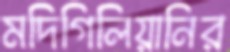
মদিগিলিয়ানির